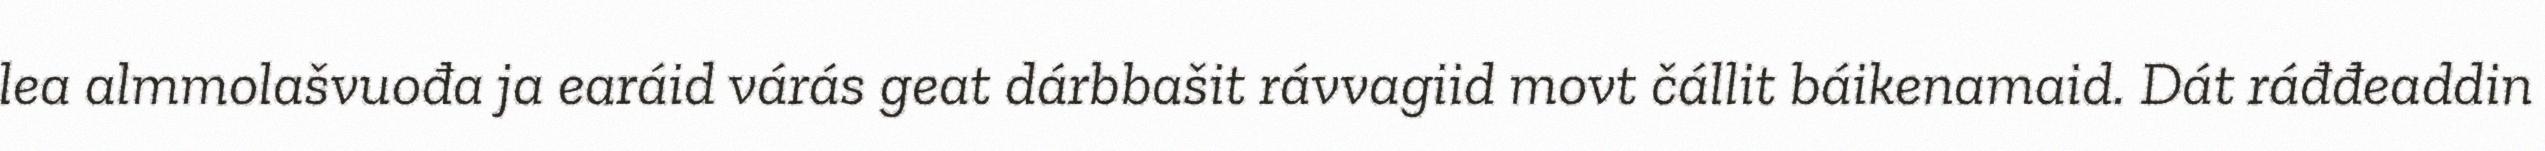
lea almmolašvuođa ja earáid várás geat dárbbašit rávvagiid movt čállit báikenamaid. Dát ráđđeaddin